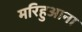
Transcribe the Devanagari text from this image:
मरिहुआना